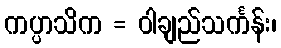
ကပ္ပာသိက = ဝါချည်သင်္ကန်း၊